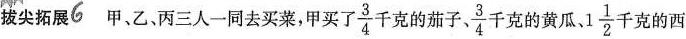
拔尖拓展6 甲，乙，丙三人一同去买菜，甲买了 \frac{3}{4} 千克的茄子 \frac{3}{4} 千克的黄瓜。 1 \frac{1}{2} 千克的西